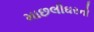
માછલીઘરનો